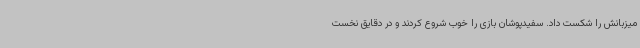
میزبانش را شکست داد. سفیدپوشان بازی را خوب شروع کردند و در دقایق نخست